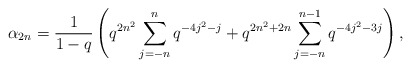
\begin{align*} \alpha_{2n} = \frac{1}{1-q}\left(q^{2n^2}\sum_{j=-n}^{n}q^{-4j^2-j} + q^{2n^2+2n}\sum_{j=-n}^{n-1}q^{-4j^2-3j}\right), \end{align*}